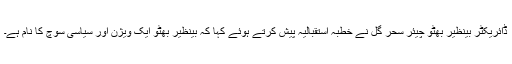
ڈائریکٹر بینظیر بھٹو چیئر سحر گل نے خطبہ استقبالیہ پیش کرتے ہوئے کہا کہ بینظیر بھٹو ایک ویژن اور سیاسی سوچ کا نام ہے۔